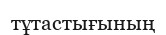
тұтастығының